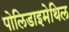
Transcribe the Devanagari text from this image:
पोलिडाइमेथिल